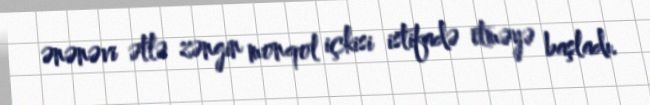
ənənəvi ətlə zəngin monqol içkisi istifadə etməyə başladı.